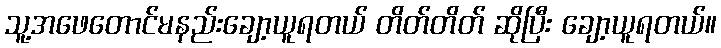
သူ့အဖေတောင်မနည်းချော့ယူရတယ် တိတ်တိတ် ဆိုပြီး ချော့ယူရတယ်။